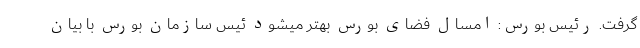
گرفت. رئیس بورس: امسال فضای بورس بهتر میشود ئیس سازمان بورس با بیان